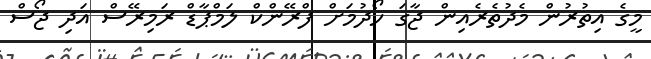
މީގެ އިތުރުން މެދުތެރެއިން ޖާގަ ހޯދުމަށް ފްރޭންކް ލަމްޕާޑް ރަމިރޭސް އަދި ޖޯސް